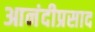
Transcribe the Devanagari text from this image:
आनंदीप्रसाद